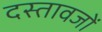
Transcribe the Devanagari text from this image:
दस्तावजों